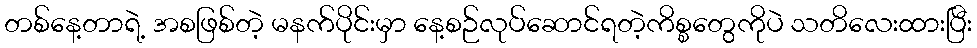
တစ်နေ့တာရဲ့ အစဖြစ်တဲ့ မနက်ပိုင်းမှာ နေ့စဉ်လုပ်ဆောင်ရတဲ့ကိစ္စတွေကိုပဲ သတိလေးထားပြီး